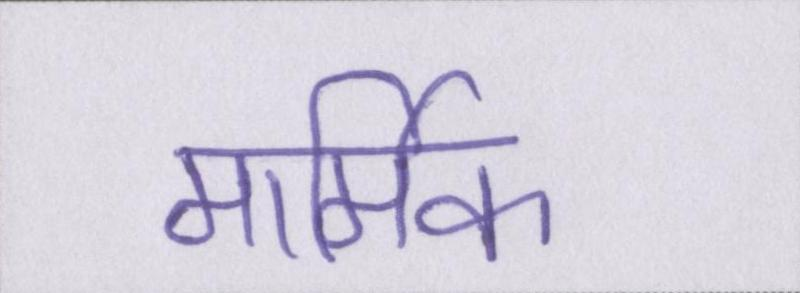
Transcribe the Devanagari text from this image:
मार्मिक